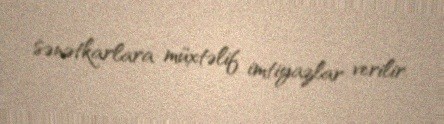
sənətkarlara müxtəlif imtiyazlar verilir.